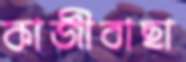
কাজীবাছা